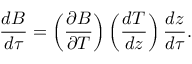
\frac { d B } { d \tau } = \left( \frac { \partial B } { \partial T } \right) \left( \frac { d T } { d z } \right) \frac { d z } { d \tau } .